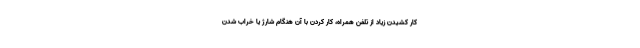
کار کشیدن زیاد از تلفن همراه، کار کردن با آن هنگام شارژ یا خراب شدن